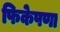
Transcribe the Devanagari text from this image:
फिकेपणा